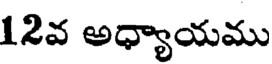
12వ అధ్యాయము